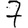
Digit: 7